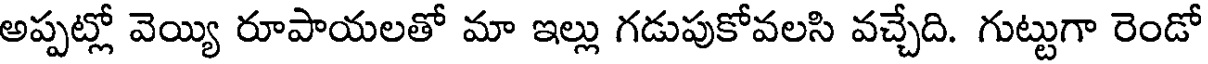
అప్పట్లో వెయ్యి రూపాయలతో మా ఇల్లు గడుపుకోవలసి వచ్చేది. గుట్టుగా రెండో